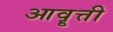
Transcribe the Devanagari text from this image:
आवॄत्ती